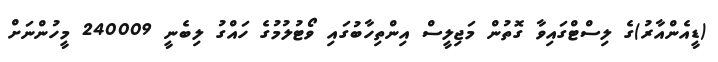
(ޑީއެންއާރު)ގެ ލިސްޓްގައިވާ ގޮތުން މަޖިލީސް އިންތިހާބުގައި ވޯޓުލުމުގެ ހައްގު ލިބެނީ 240009 މީހުންނަށް